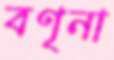
বণৃনা